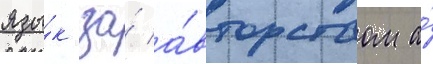
язы́к за́ а́вторством а́